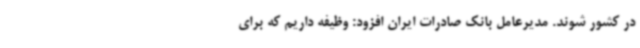
در کشور شوند. مدیرعامل بانک صادرات ایران افزود: وظیفه داریم که برای